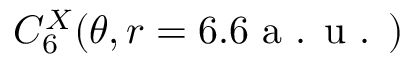
C _ { 6 } ^ { X } ( \theta , r = 6 . 6 \textrm { a . u . } )